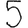
Digit: 5